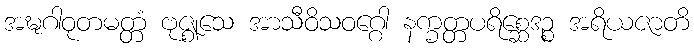
အဍ္ဎဂါဝုတမတ္တံ ဗုဇ္ဈသေ အာသီဝိသဝဂ္ဂေါ နက္ခတ္တပရိစ္ဆေဒဉ္စ အရိယဇာတိ